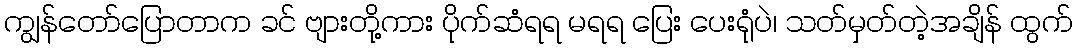
ကျွန်တော်ပြောတာက ခင် ဗျားတို့ကား ပိုက်ဆံရရ မရရ ပြေး ပေးရုံပဲ၊ သတ်မှတ်တဲ့အချိန် ထွက်